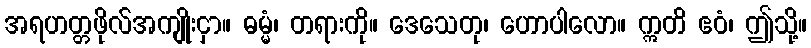
အရဟတ္တဖိုလ်အကျိုးငှာ။ ဓမ္မံ၊ တရားကို။ ဒေသေတု၊ ဟောပါလော။ ဣတိ ဧဝံ၊ ဤသို့။